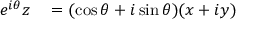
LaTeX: \begin{array} { r l } { e ^ { i \theta } z } & { { } = ( \cos \theta + i \sin \theta ) ( x + i y ) } \end{array}